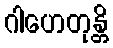
ဂါဟေတုန္တိ